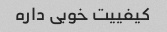
کیفییت خوبی داره